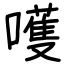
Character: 嚄